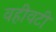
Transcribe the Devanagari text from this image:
वहीवटी